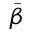
\Bar { \beta }